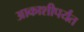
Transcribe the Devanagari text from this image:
आकाशीपर्यंत